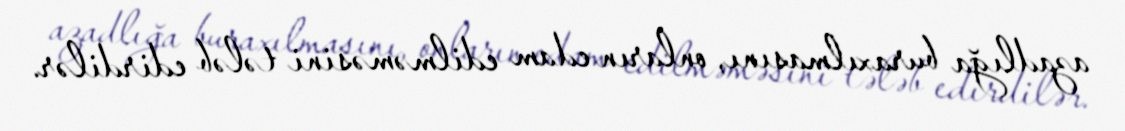
azadlığa buraxılmasını, onların edam edilməməsini tələb edirdilər.